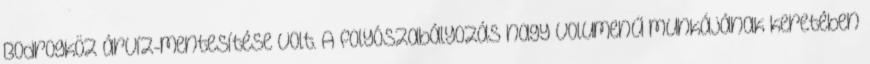
Bodrogköz árvíz-mentesítése volt. A folyószabályozás nagy volumenű munkájának keretében